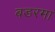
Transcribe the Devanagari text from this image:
बडरमा